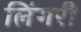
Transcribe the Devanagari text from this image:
लिंगरी